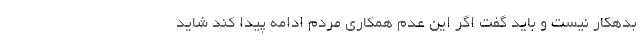
بدهکار نیست و باید گفت اگر این عدم همکاری مردم ادامه پیدا کند شاید